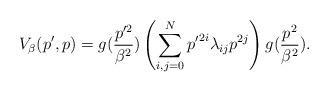
LaTeX: \begin{align*}V_\beta(p',p)=g(\frac{p'^2}{\beta^2}) \left(\sum_{i,j=0}^{N} {p'}^{2i} \lambda_{ij} p^{2j}\right) g(\frac{p^2}{\beta^2}).\end{align*}